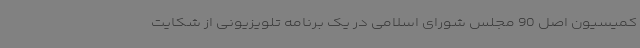
کمیسیون اصل 90 مجلس شورای اسلامی در یک برنامه تلویزیونی از شکایت